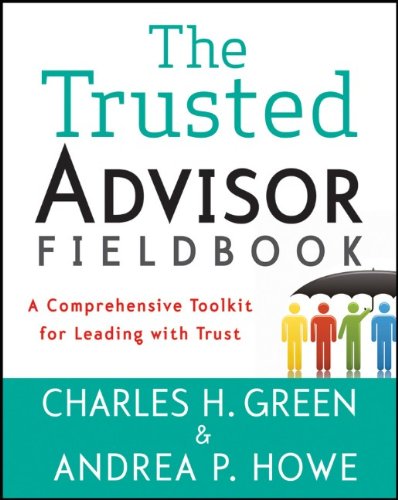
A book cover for The Trusted Advisor Fieldbook: A Comprehensive Toolkit for Leading with Trust; Charles H. Green; Business & Money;